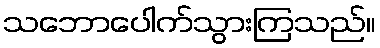
သဘောပေါက်သွားကြသည်။